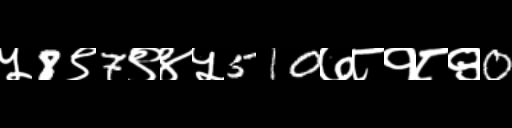
Text: ५8९7९४५510७८१८९0